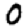
Digit: 0